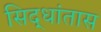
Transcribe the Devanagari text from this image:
सिद्धांतास